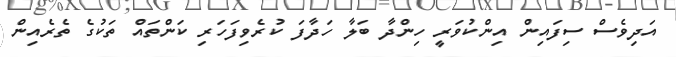
އަދިވެސް ސިފައިން އިންކުވަރީ ހިންދާ ބަލާ ހަދާފަ ކުރެވިފަހަރި ކަންތައް ތަކުގެ ތެރެއިން